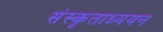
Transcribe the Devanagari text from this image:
संस्कृताध्ययन